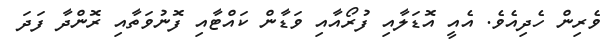
ވެރިން ހެދިއެވެ. އެއީ އޮޑަލާއި ފުރޯއާއި ވަޑާން ކައްޓާއި ފޮނުވަތާއި ރޮންދާ ފަދަ